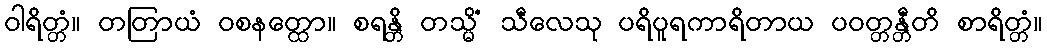
ဝါရိတ္တံ။ တတြာယံ ဝစနတ္ထော။ စရန္တိ တသ္မိံ သီလေသု ပရိပူရကာရိတာယ ပဝတ္တန္တီတိ စာရိတ္တံ။